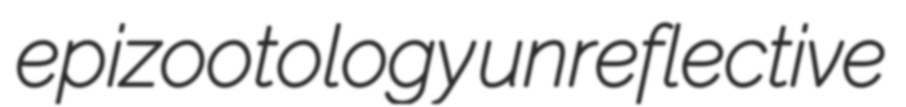
epizootology unreflective